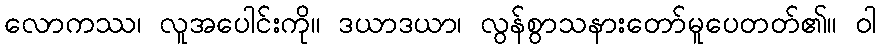
လောကဿ၊ လူအပေါင်းကို။ ဒယာဒယာ၊ လွန်စွာသနားတော်မူပေတတ်၏။ ဝါ